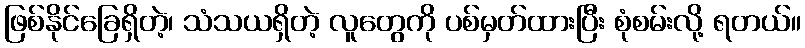
ဖြစ်နိုင်ခြေရှိတဲ့၊ သံသယရှိတဲ့ လူတွေကို ပစ်မှတ်ထားပြီး စုံစမ်းလို့ ရတယ်။